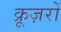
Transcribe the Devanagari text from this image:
क्रूज़रों